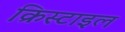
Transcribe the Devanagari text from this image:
क्रिस्टाइल